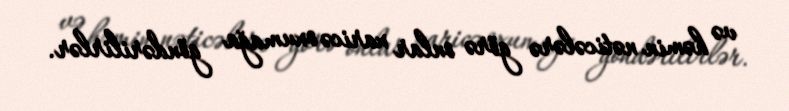
və həmin nəticələrə görə onlar xaricə oxumağa göndərilirlər.